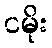
ငမိုး